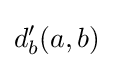
d'_{b}(a,b)